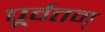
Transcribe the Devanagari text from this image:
पूर्वतम्